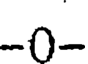
-0-